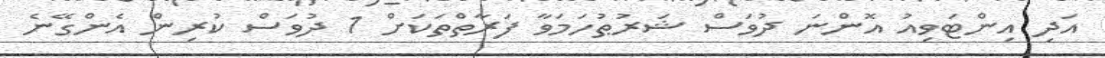
އަދި އިންޓަވިއު އޮންނަ ދުވަސް ޝަރުޠުހަމަވާ ފަރާތްތަކަށް 1 ދުވަސް ކުރިން އެންގޭނެ